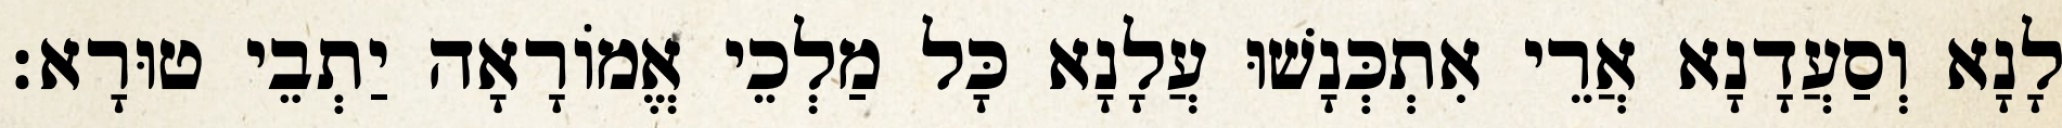
לָנָא וְסַעֲדָנָא אֲרֵי אִתְכְּנָשׁוּ עֲלָנָא כָּל מַלְכֵי אֱמוֹרָאָה יַתְבֵי טוּרָא׃